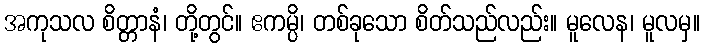
အကုသလ စိတ္တာနံ၊ တို့တွင်။ ဧကမ္ပိ၊ တစ်ခုသော စိတ်သည်လည်း။ မူလေန၊ မူလမှ။